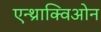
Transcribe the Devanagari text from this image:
एन्थ्राक्विओन